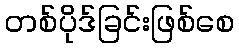
တစ်ပိုဒ်ခြင်းဖြစ်စေ